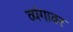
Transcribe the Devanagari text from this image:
व्यंगावर